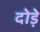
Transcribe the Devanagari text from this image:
दोड़े